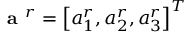
\textbf { a } ^ { r } = \left[ a _ { 1 } ^ { r } , a _ { 2 } ^ { r } , a _ { 3 } ^ { r } \right] ^ { T }